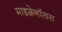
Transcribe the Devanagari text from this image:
माइग्रेनॉसस